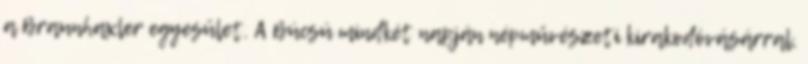
a Braunhaxler egyesület. A Búcsú mindkét napján népművészeti kirakodóvásárral,